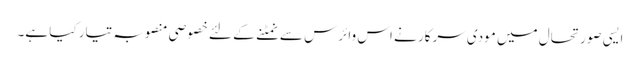
ایسی صورتحال میں مودی سرکار نے اس وائرس سے نمٹنے کے لئے خصوصی منصوبہ تیار کیا ہے۔